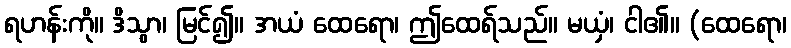
ရဟန်းကို။ ဒိသွာ၊ မြင်၍။ အယံ ထေရော၊ ဤထေရ်သည်။ မယှံ၊ ငါ၏။ (ထေရော၊